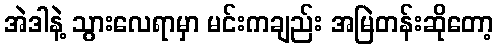
အဲဒါနဲ့ သွားလေရာမှာ မင်းကချည်း အမြဲတန်းဆိုတော့